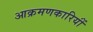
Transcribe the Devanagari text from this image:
आक्रमणकारियोंं